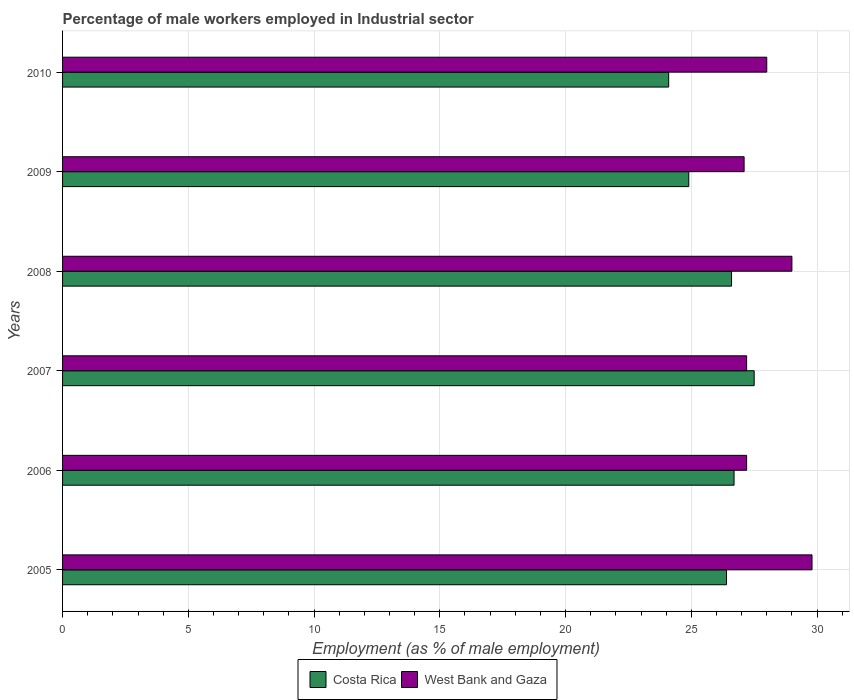
| Years | Costa Rica | West Bank and Gaza |
 | --- | --- | --- |
 | 2005 | 26.4 | 29.8 |
 | 2006 | 26.7 | 27.2 |
 | 2007 | 27.5 | 27.2 |
 | 2008 | 26.6 | 29 |
 | 2009 | 24.9 | 27.1 |
 | 2010 | 24.1 | 28 |